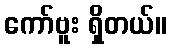
ကော်ဗူး ရှိတယ်။